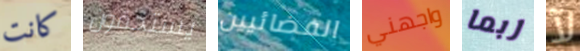
كانت يستحقون الفضائيين واجهني ربما لآ